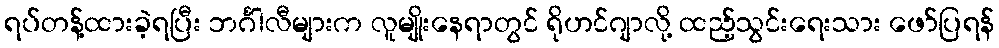
ရပ်တန့်ထားခဲ့ရပြီး ဘင်္ဂါလီများက လူမျိုးနေရာတွင် ရိုဟင်ဂျာလို့ ထည့်သွင်းရေးသား ဖော်ပြရန်